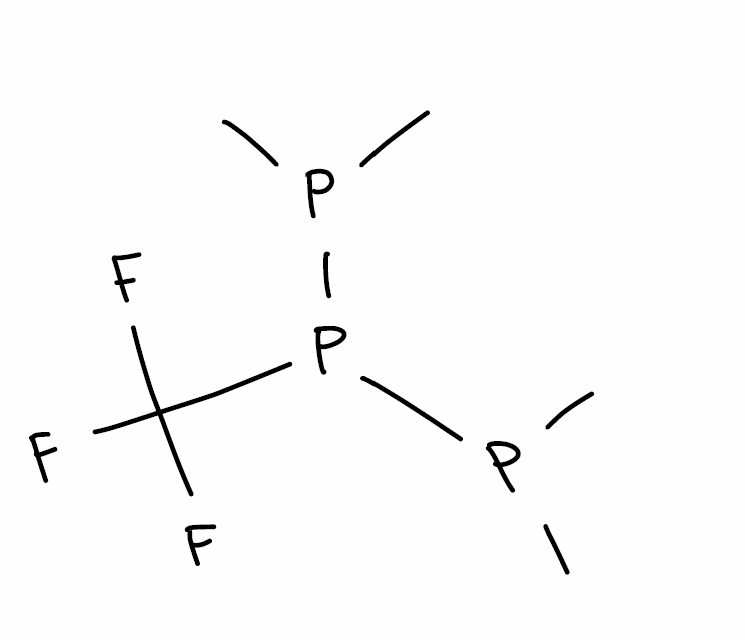
Simplified molecular-input line-entry system (SMILES) notation of the given molecule:
CP(C)P(C(F)(F)F)P(C)C